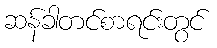
ဆန်ခါတင်စာရင်းတွင်